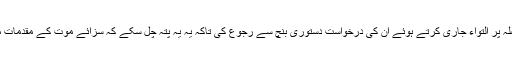
سپریم کورٹ نے 2 جون 2014 ء کو عبدالرزاق میمن کو سزائے موت کے فیصلہ پر التواء جاری کرتے ہوئے ان کی درخواست دستوری بنچ سے رجوع کی تاکہ یہ یہ پتہ چل سکے کہ سزائے موت کے مقدمات میں درخواست نظرثانی کی کھلی عدالت یا چیمبرس میں سماعت کی جاسکتی ہے۔